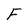
Character: F